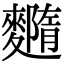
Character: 𪍳